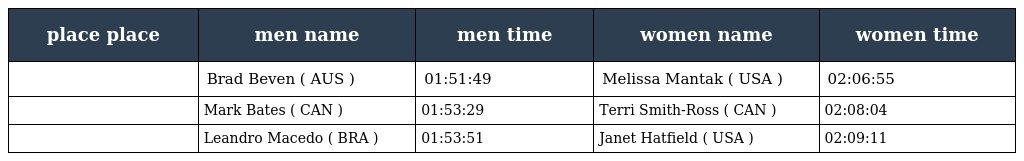
| place place | men name | men time | women name | women time |
 | --- | --- | --- | --- | --- |
 |  | Brad Beven ( AUS ) | 01:51:49 | Melissa Mantak ( USA ) | 02:06:55 |
 |  | Mark Bates ( CAN ) | 01:53:29 | Terri Smith-Ross ( CAN ) | 02:08:04 |
 |  | Leandro Macedo ( BRA ) | 01:53:51 | Janet Hatfield ( USA ) | 02:09:11 |